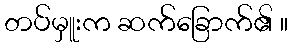
တပ်မှူးက ဆက်ခြောက်၏ ။